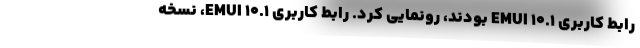
رابط کاربری EMUI 10.1 بودند، رونمایی کرد. رابط کاربری EMUI 10.1، نسخه